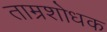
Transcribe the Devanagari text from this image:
ताम्रशोधक